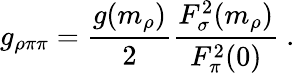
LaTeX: g_{\rho\pi\pi}=\frac{g(m_{\rho})}{2}\frac{F_{\sigma}^{2}(m_{\rho})}{F_{\pi}^{2}(0)}\ .